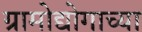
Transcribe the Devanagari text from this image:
ग्रामोद्योगाच्या